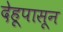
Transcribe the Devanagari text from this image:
देहूपासून